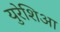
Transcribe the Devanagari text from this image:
युरेशिआ